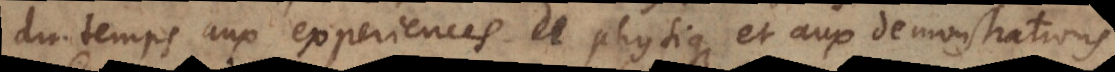
du temps aux experiences de physique et aux demonstrations